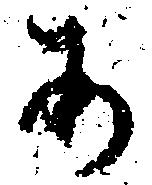
あ